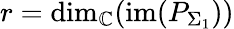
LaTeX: r=\mathrm{dim}_{\mathbb{C}}(\mathrm{im}(P_{\Sigma_{1}}))